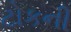
ટોકની